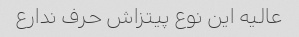
عالیه این نوع پیتزاش حرف ندارع